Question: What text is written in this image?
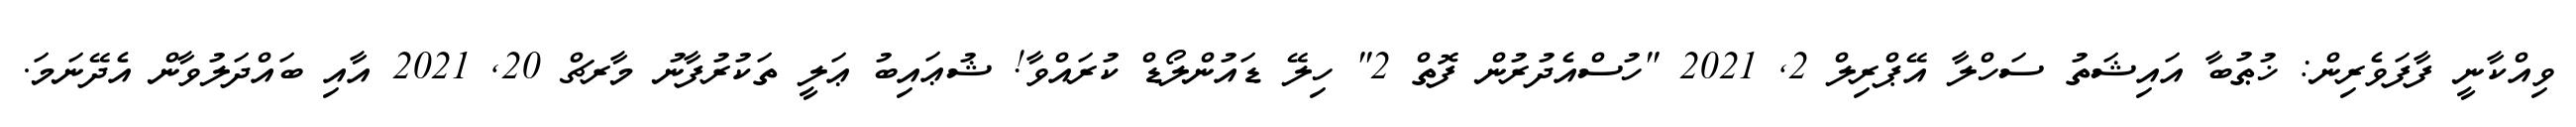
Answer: ވިއްކާނީ ފާފަވެރިން: ޚުޠުބާ އައިޝަތު ސަހްލާ އޭޕްރިލް 2, 2021 "ހުސްއެދުރުން ފޮތް 2" ހިލޭ ޑައުންލޯޑް ކުރައްވާ! ޝުޢައިބު ޢަލީ ތަކުރުފާނު މާރޗް 20, 2021 އާއި ބައްދަލުވާން އެދޭނަމަ.